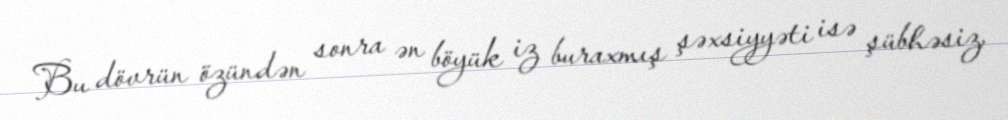
Bu dövrün özündən sonra ən böyük iz buraxmış şəxsiyyəti isə şübhəsiz,